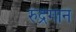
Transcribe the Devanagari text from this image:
रुद्रगान